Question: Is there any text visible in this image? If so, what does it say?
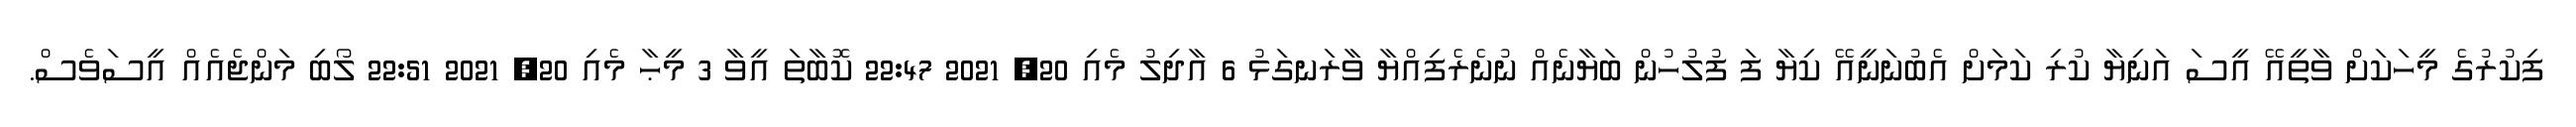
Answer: ފިކުރުގެ މީހަކަށް ވާތީއޭ އީސަ އަނިޔާ ކުރި ކަމަށް އެބުނަނީއޭ ކިޔާ ފަ ފުލުހުން ބަޔާނެއް ނުނެރެފިއްޔާ ވާރަނގަޅު 6 އާދިލު މެއި 20, 2021 22:47 ކޮބާތަ އީވާ 3 މީޙާ މެއި 20, 2021 22:51 ލޯބި މަންޖެއެއް އީސަވެސް.